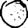
Digit: 0